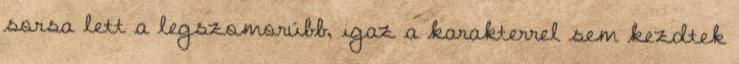
sorsa lett a legszomorúbb, igaz a karakterrel sem kezdtek